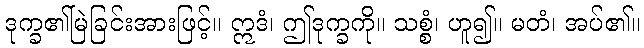
ဒုက္ခ၏မြဲခြင်းအားဖြင့်။ ဣဒံ၊ ဤဒုက္ခကို။ သစ္စံ၊ ဟူ၍။ မတံ၊ အပ်၏။